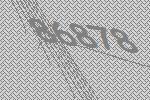
86878